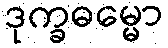
ဒုက္ခဓမ္မော